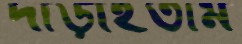
দাঁড়াইতাম